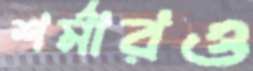
শর্মারও